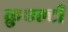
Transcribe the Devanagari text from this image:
क्रुएल्टी